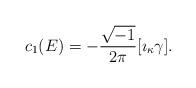
LaTeX: \begin{align*}c_1(E)=-\frac{\sqrt{-1}}{2\pi}[\imath_{\kappa}\gamma].\end{align*}